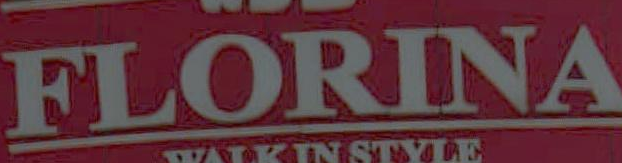
FLORINA